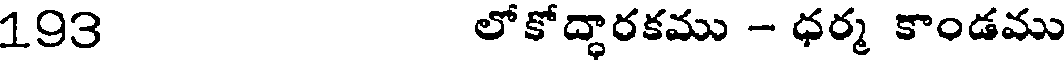
193 లోకోద్ధారకము - ధర్మ కాండము